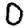
Digit: 0